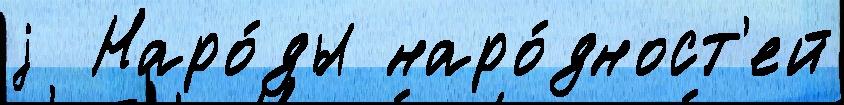
j  Наро́ды наро́дност'ей